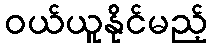
ဝယ်ယူနိုင်မည့်